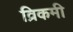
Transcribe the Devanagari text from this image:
व्रिकमी